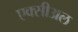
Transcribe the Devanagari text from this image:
एक्सीअल